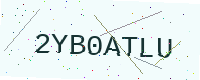
Text: 2YB0ATLU